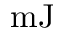
\mathrm { m J }